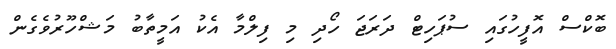
ބޮކްސް އޮފީހުގައި ސުޕަހިޓް ދަރަޖަ ހޯދި މި ފިލްމާ އެކު އަމީތާބު މަޝްހޫރުވެގެން